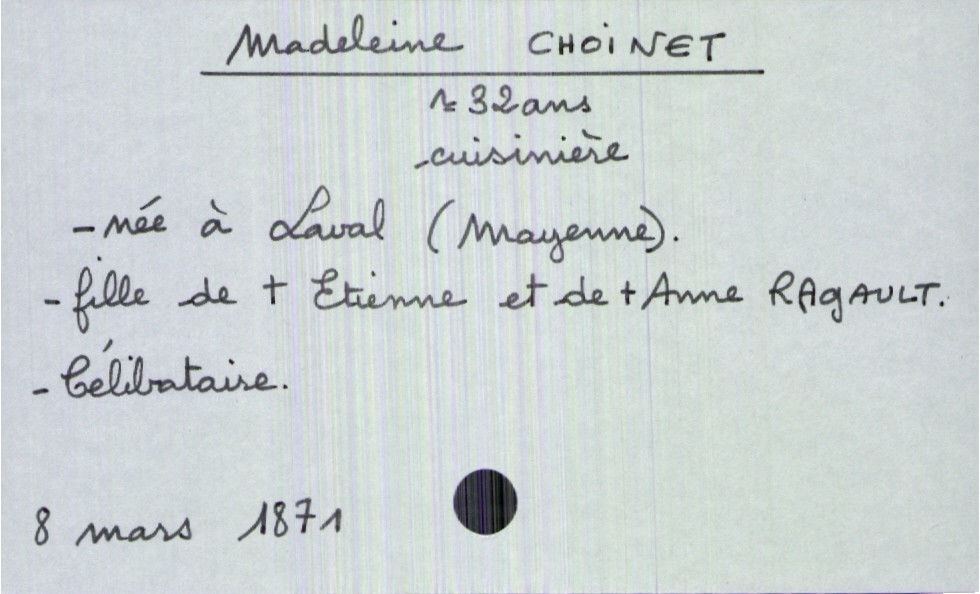
type_acte: Décès
année: 1871
mois: mars
jour: 8
défunt_nom: Choinet
défunt_prénom: Madeleine
défunt_sexe: F
défunt_âge: 32 ans
défunt_profession: cuisinière
défunt_lieu_de_naissance: Laval (Mayenne)
défunt_statut: célibataire
père_défunt_nom: Choinet
père_défunt_prénom: Etienne
père_défunt_statut: décédé
mère_défunt_nom: Ragault
mère_défunt_prénom: Anne
mère_défunt_statut: décédée